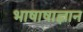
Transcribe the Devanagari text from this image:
भाषाषाज्ञान